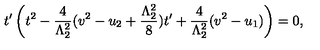
t ^ { \prime } \left( t ^ { 2 } - \frac { 4 } { \Lambda _ { 2 } ^ { 2 } } ( v ^ { 2 } - u _ { 2 } + \frac { \Lambda _ { 2 } ^ { 2 } } { 8 } ) t ^ { \prime } + \frac { 4 } { \Lambda _ { 2 } ^ { 2 } } ( v ^ { 2 } - u _ { 1 } ) \right) = 0 ,